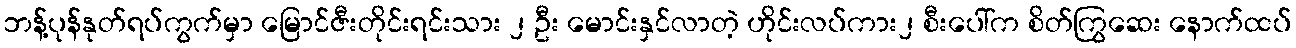
ဘန့်ပုန်နုတ်ရပ်ကွက်မှာ မြောင်ဇီးတိုင်းရင်းသား ၂ ဦး မောင်းနှင်လာတဲ့ ဟိုင်းလပ်ကား၂ စီးပေါ်က စိတ်ကြွဆေး နောက်ထပ်